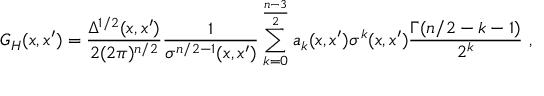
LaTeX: G _ { H } ( x , x ^ { \prime } ) = \frac { \Delta ^ { 1 / 2 } ( x , x ^ { \prime } ) } { 2 ( 2 \pi ) ^ { n / 2 } } \frac 1 { \sigma ^ { n / 2 - 1 } ( x , x ^ { \prime } ) } \sum _ { k = 0 } ^ { \frac { n - 3 } 2 } a _ { k } ( x , x ^ { \prime } ) \sigma ^ { k } ( x , x ^ { \prime } ) \frac { \Gamma ( n / 2 - k - 1 ) } { 2 ^ { k } } \ ,